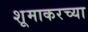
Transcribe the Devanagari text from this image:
शूमाकरच्या